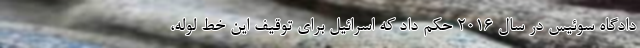
دادگاه سوئیس در سال 2016 حکم داد که اسرائیل برای توقیف این خط لوله،